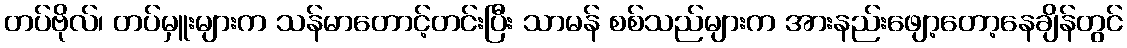
တပ်ဗိုလ်၊ တပ်မှူးများက သန်မာတောင့်တင်းပြီး သာမန် စစ်သည်များက အားနည်းဖျော့တော့နေချိန်တွင်